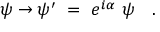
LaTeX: \psi \to \psi ^ { \prime } ~ = ~ e ^ { i \alpha } ~ \psi \quad .